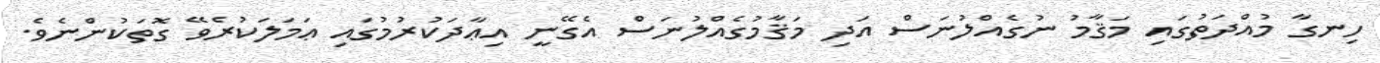
ހިނގާ މުއްދަތުގައި މަޤާމު ނުގެއްލުނަސް އަދި މަޤާމުގެއްލުނަސް އެގޭނީ އިޢާދަކުރުމުގައި ޢަމަލަކުރެވޭ ގޮތަކުންނެވެ.